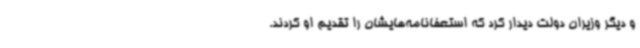
و دیگر وزیران دولت دیدار کرد که استعفانامه‌هایشان را تقدیم او کردند.